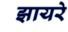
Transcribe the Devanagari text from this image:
झायरे